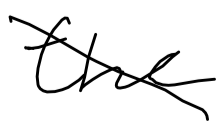
Text: the
Cross-out: diagonal
Writing tool: digital_black